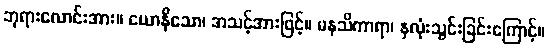
ဘုရားလောင်းအား။ ယောနိသော၊ အသင့်အားဖြင့်။ မနသိကာရာ၊ နှလုံးသွင်းခြင်းကြောင့်။